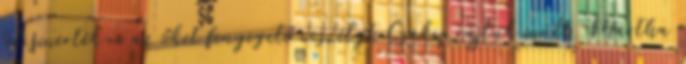
felismerték-e az őket fenyegető veszélyt Csakis rajtuk múlt. Martha